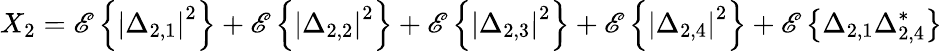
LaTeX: X_{2}=\mathscr{E}\left\{ \left|\Delta_{2,1}\right|^{2}\right\} +\mathscr{E}\left\{ \left|\Delta_{2,2}\right|^{2}\right\} +\mathscr{E}\left\{ \left|\Delta_{2,3}\right|^{2}\right\} +\mathscr{E}\left\{ \left|\Delta_{2,4}\right|^{2}\right\} +\mathscr{E}\left\{ \Delta_{2,1}\Delta_{2,4}^{*}\right\}